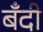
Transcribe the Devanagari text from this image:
बँदी